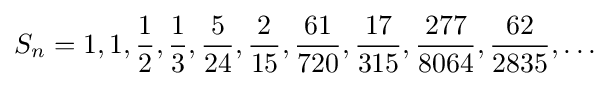
S_{n}=1,1,{\frac {1}{2}},{\frac {1}{3}},{\frac {5}{24}},{\frac {2}{15}},{\frac {61}{720}},{\frac {17}{315}},{\frac {277}{8064}},{\frac {62}{2835}},\ldots